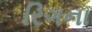
રિગના